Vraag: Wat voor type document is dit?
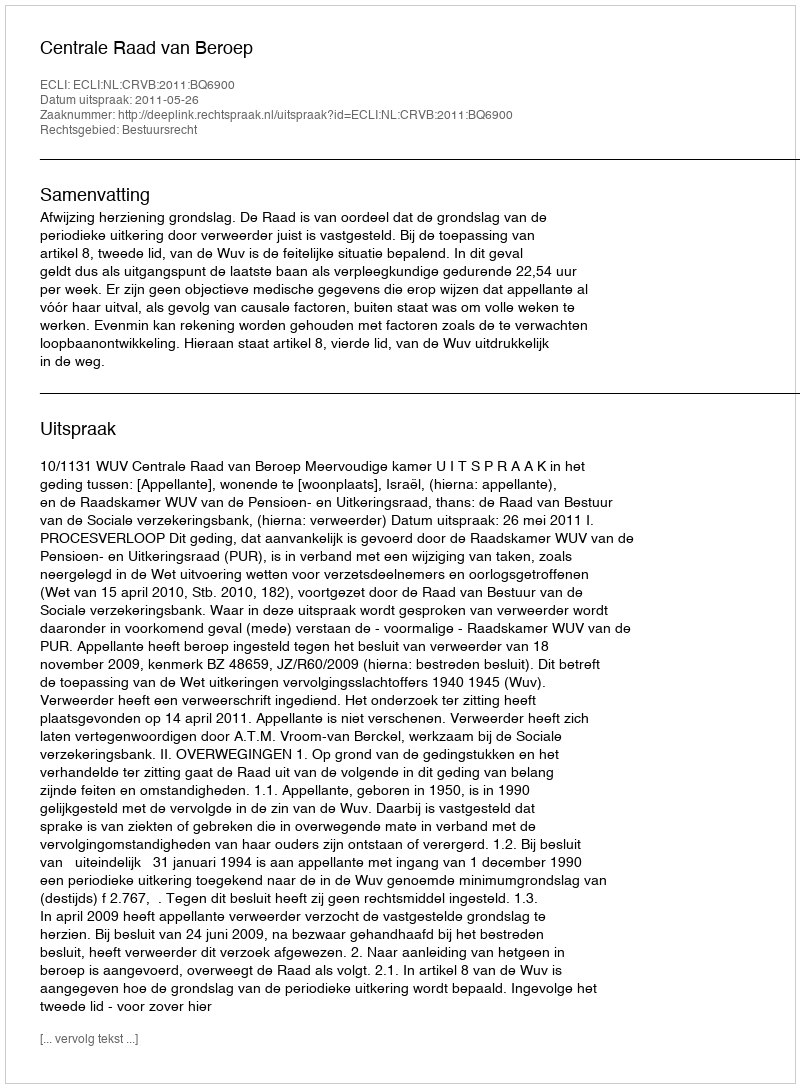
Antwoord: Uitspraak